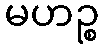
မဟဉ္စ